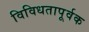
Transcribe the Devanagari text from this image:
विविधतापूर्वक